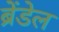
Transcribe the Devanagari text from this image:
ब्रेंडेल